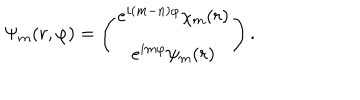
\Psi _ { m } ( r , \varphi ) = \left( \begin{matrix} { { e ^ { i ( m - n ) \varphi } \chi _ { m } ( r ) } } \\ { { e ^ { i m \varphi } \psi _ { m } ( r ) } } \\ \end{matrix} \right) .